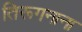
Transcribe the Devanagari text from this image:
तिरूगनाना